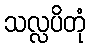
သလ္လပိတုံ